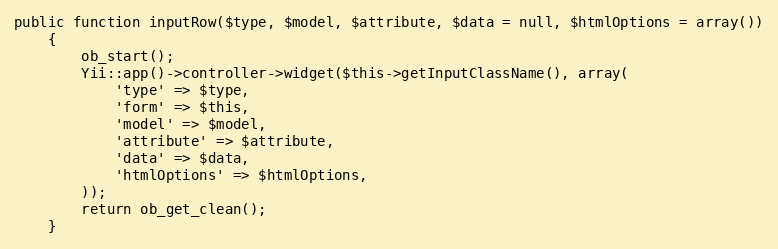
Language: PHP
public function inputRow($type, $model, $attribute, $data = null, $htmlOptions = array())
	{
		ob_start();
		Yii::app()->controller->widget($this->getInputClassName(), array(
			'type' => $type,
			'form' => $this,
			'model' => $model,
			'attribute' => $attribute,
			'data' => $data,
			'htmlOptions' => $htmlOptions,
		));
		return ob_get_clean();
	}